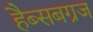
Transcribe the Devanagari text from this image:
हैब्सबग्रज